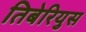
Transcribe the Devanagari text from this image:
तिबेरियुस